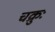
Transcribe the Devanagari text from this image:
चक्रुः